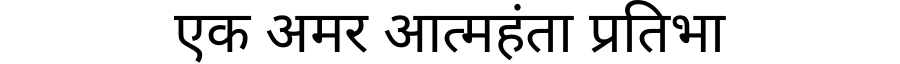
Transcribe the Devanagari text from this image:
एक अमर आत्महंता प्रतिभा